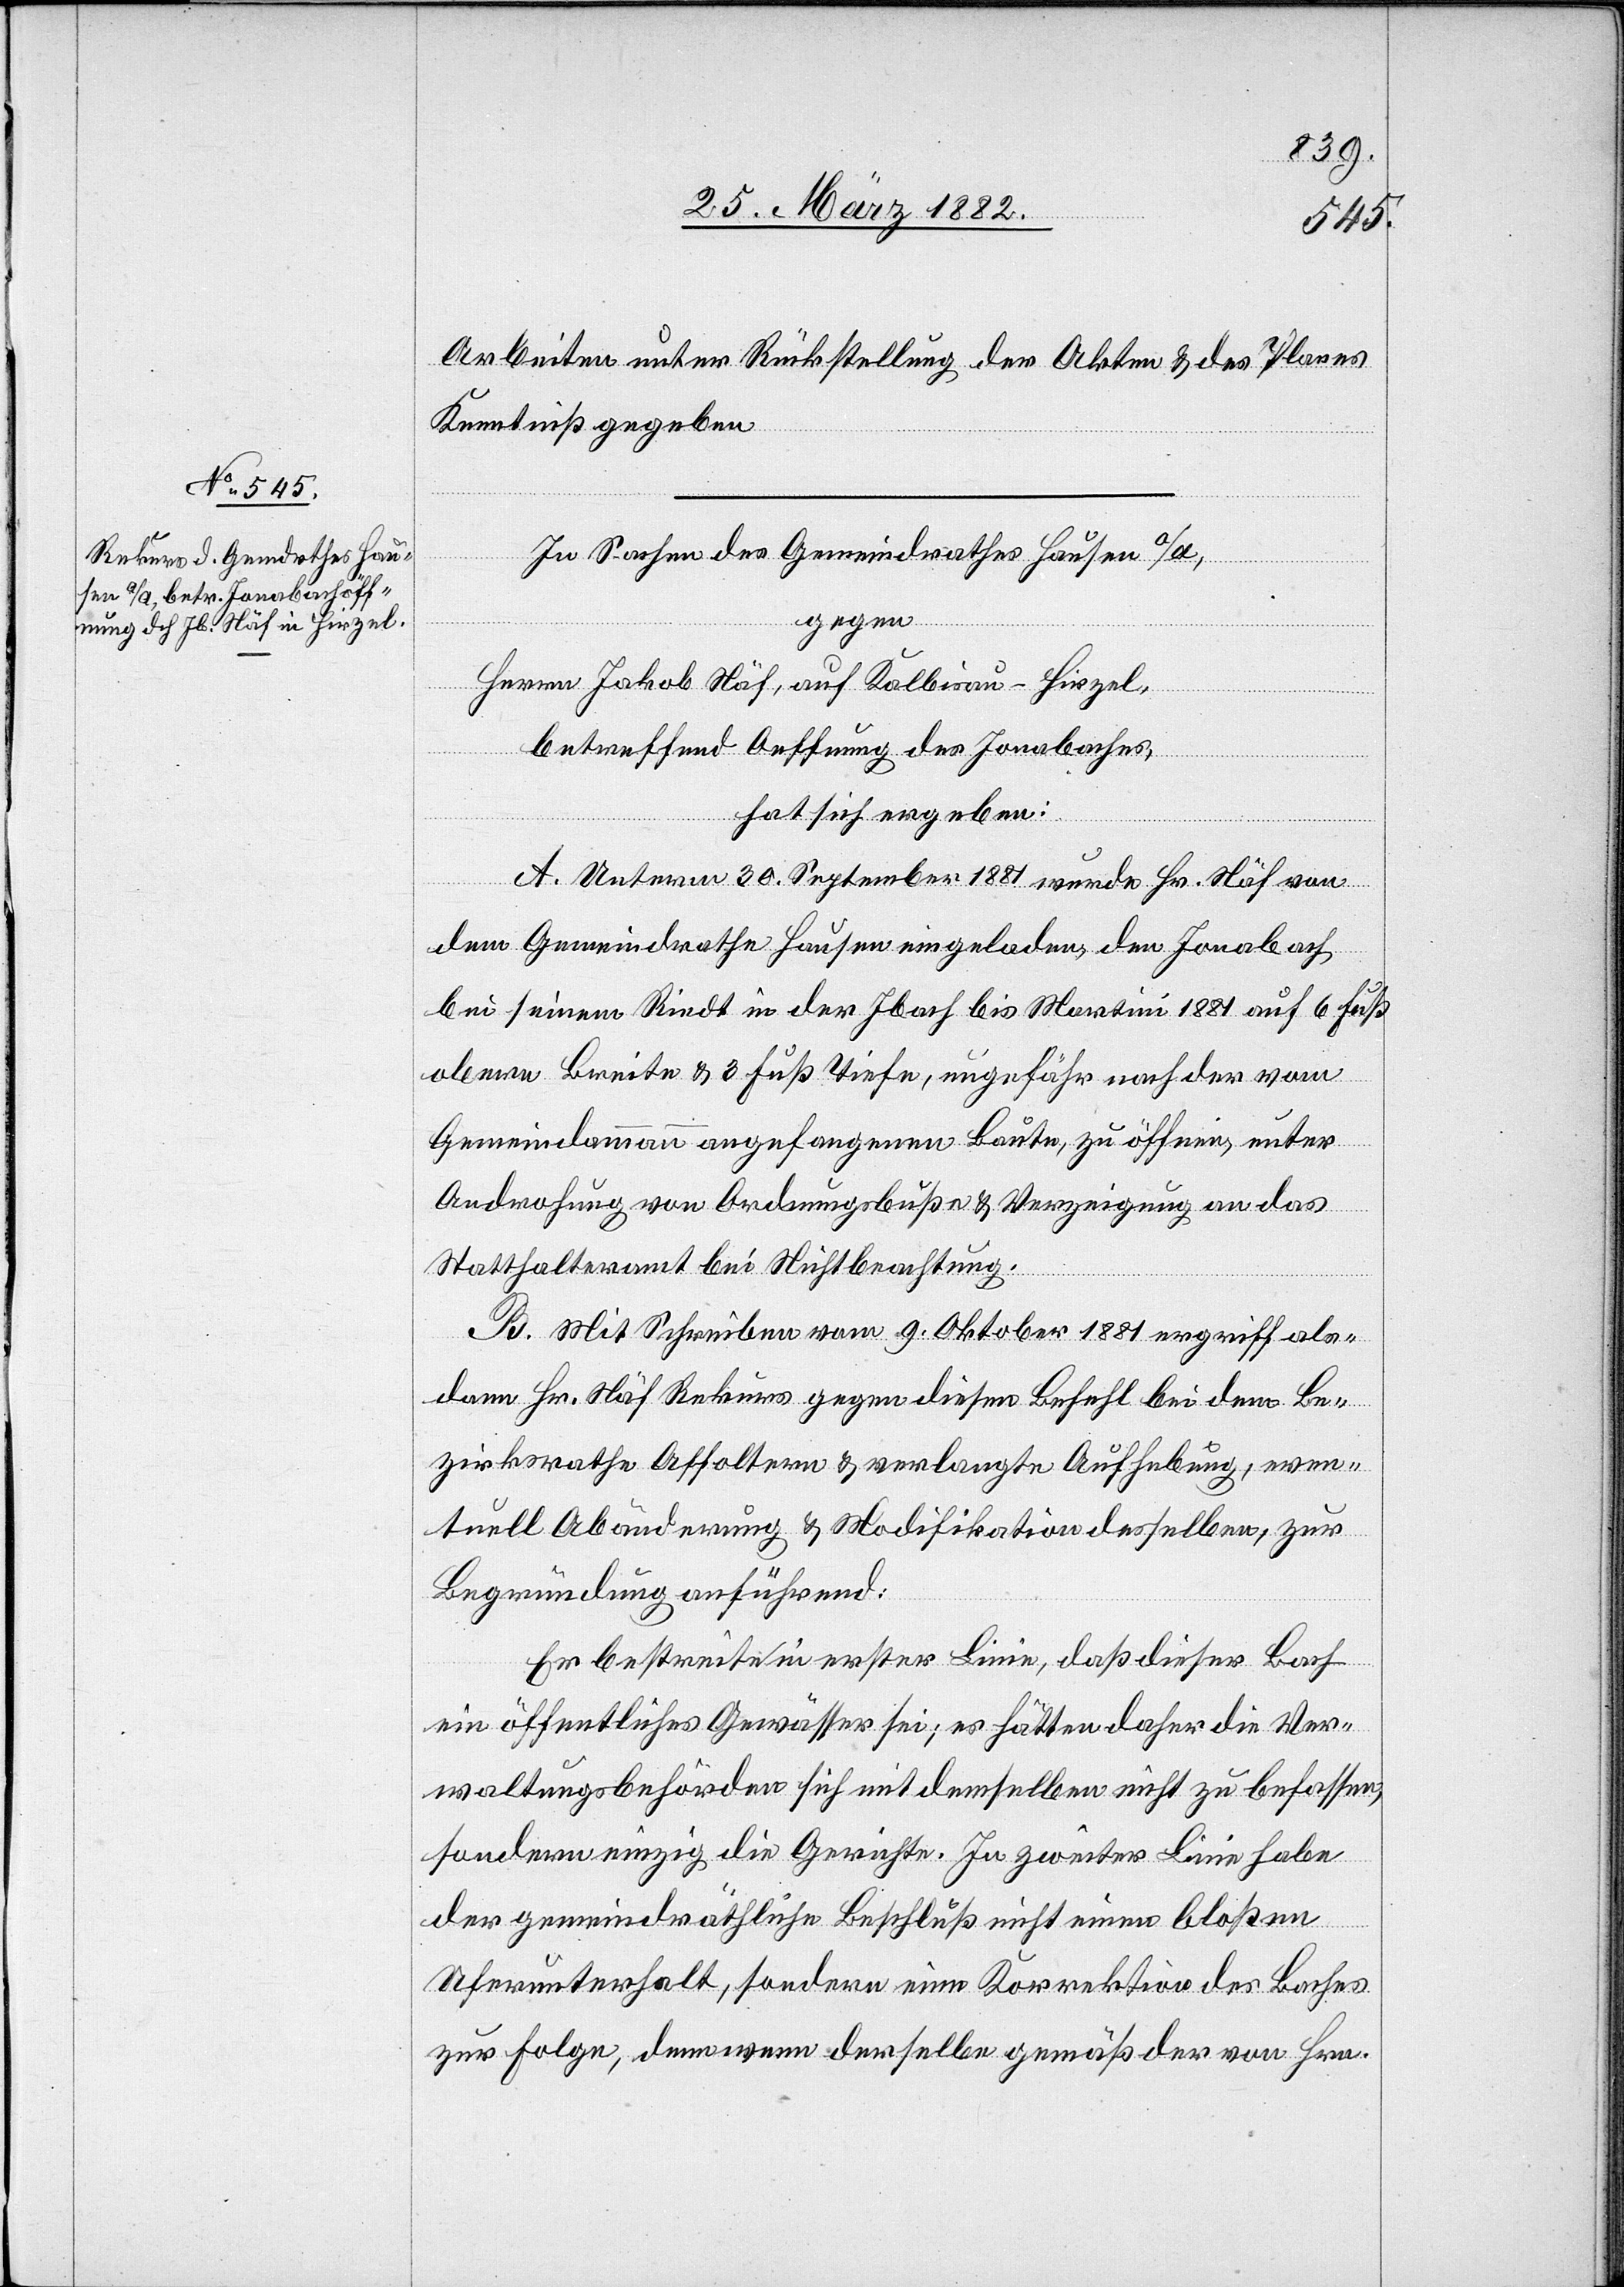
Arbeiten unter Rückstellung der Akten & des Planes
Kenntniß gegeben.
In Sachen des Gemeindrathes Hausen a/A,
gegen
Herrn Jakob Näf, auf Kalbisau-Hirzel,
betreffend Oeffnung des Jonabaches,
hat sich ergeben:
A. Unterm 30. September 1881 wurde Hr. Näf von
dem Gemeindrathe Hausen eingeladen, den Jonabach,
bei seinem Riedt in der Ibach bis Martini 1881 auf 6 Fuß
obere Breite & 3 Fuß Tiefe, ungefähr nach der vom
Gemeindeammann angefangene Baute, zu öffnen, unter
Androhung von Ordnungsbuße & Verzeigung an das
Statthalteramt bei Nichtbeachtung.
B. Mit Schreiben vom 9. Oktober 1881 ergriff als¬
dann Hr. Näf Rekurs gegen diesen Befehl bei dem Be¬
zirksrathe Affoltern & verlangte Aufhebung, even¬
tuell Abänderung & Modifikation desselben, zur
Begründung anführend:
Er bestreite in erster Linie, daß dieser Bach
ein öffentliches Gewässer sei; es hätten daher die Ver¬
waltungsbehörden sich mit demselben nicht zu befassen,
sondern einzig die Gerichte. In zweiter Linie habe
der gemeindräthliche Beschluß nicht einen bloßen
Uferunterhalt, sondern eine Korrektion des Baches
zur Folge, denn wenn derselbe gemäß der von Hrn.